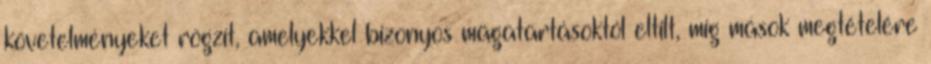
követelményeket rögzít, amelyekkel bizonyos magatartásoktól eltilt, míg mások megtételére